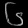
Digit: ၆